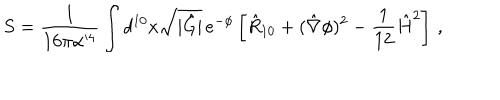
S = { \frac { 1 } { 1 6 \pi \alpha ^ { \prime 4 } } } \int d ^ { 1 0 } x \sqrt { | \hat { G } | } \, e ^ { - \phi } \left[ \hat { R } _ { 1 0 } + ( \hat { \nabla } \phi ) ^ { 2 } - { \frac { 1 } { 1 2 } } \hat { H } ^ { 2 } \right] \, ,